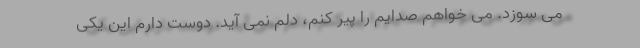
مى سوزد. مى خواهم صدايم را پير كنم، دلم نمى آيد. دوست دارم اين يكى